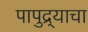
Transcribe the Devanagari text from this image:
पापुद्र्याचा